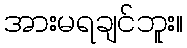
အားမရချင်ဘူး။